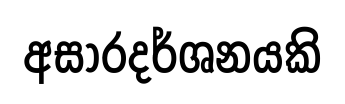
අසාරදර්ශනයකි